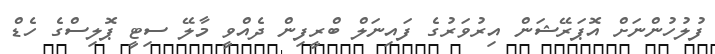
ފުލުހުންނަށް އޮޕަރޭޝަން އިރުވަރުގެ ފައިނަލް ބްރީފިން ދެއްވީ މާލޭ ސިޓީ ޕޮލިސްގެ ހެޑް